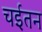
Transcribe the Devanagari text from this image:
चईतन